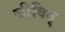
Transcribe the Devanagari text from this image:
जीवित्